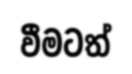
වීමටත්